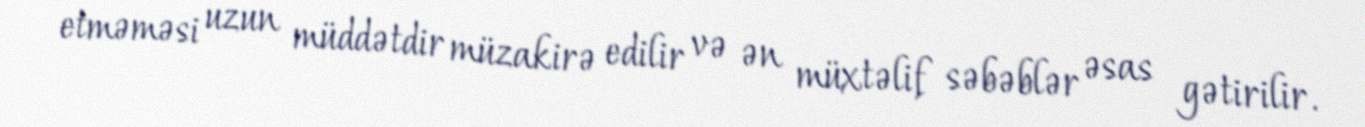
etməməsi uzun müddətdir müzakirə edilir və ən müxtəlif səbəblər əsas gətirilir.